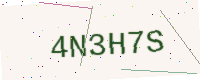
Text: 4N3H7S